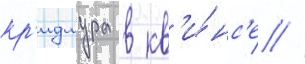
кр'идмура в кв'и́нс'е //